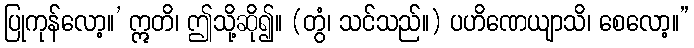
ပြုကုန်လော့။’ ဣတိ၊ ဤသို့ဆို၍။ (တွံ၊ သင်သည်။) ပဟိဏေယျာသိ၊ စေလော့။”